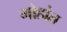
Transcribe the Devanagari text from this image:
मोहांत